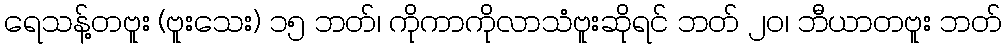
ရေသန့်တဗူး (ဗူးသေး) ၁၅ ဘတ်၊ ကိုကာကိုလာသံဗူးဆိုရင် ဘတ် ၂၀၊ ဘီယာတဗူး ဘတ်